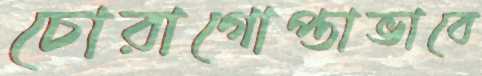
চোরাগোপ্তাভাবে